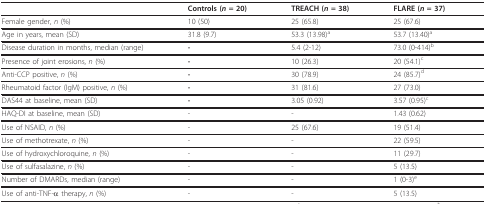
<table><thead><tr><td></td><td><b>Controls (<i>n </i>= 20)</b></td><td><b>TREACH (<i>n </i>= 38)</b></td><td><b>FLARE (<i>n </i>= 37)</b></td></tr></thead><tbody><tr><td>Female gender, <i>n </i>(%)</td><td>10 (50)</td><td>25 (65.8)</td><td>25 (67.6)</td></tr><tr><td>Age in years, mean (SD)</td><td>31.8 (9.7)</td><td>53.3 (13.98)<sup>a</sup></td><td>53.7 (13.40)<sup>a</sup></td></tr><tr><td>Disease duration in months, median (range)</td><td><b>-</b></td><td>5.4 (2-12)</td><td>73.0 (0-414)<sup>b</sup></td></tr><tr><td>Presence of joint erosions, <i>n </i>(%)</td><td><b>-</b></td><td>10 (26.3)</td><td>20 (54.1)<sup>c</sup></td></tr><tr><td>Anti-CCP positive, <i>n </i>(%)</td><td><b>-</b></td><td>30 (78.9)</td><td>24 (85.7)<sup>d</sup></td></tr><tr><td>Rheumatoid factor (IgM) positive, <i>n </i>(%)</td><td><b>-</b></td><td>31 (81.6)</td><td>27 (73.0)</td></tr><tr><td>DAS44 at baseline, mean (SD)</td><td><b>-</b></td><td>3.05 (0.92)</td><td>3.57 (0.95)<sup>c</sup></td></tr><tr><td>HAQ-DI at baseline, mean (SD)</td><td>-</td><td>-</td><td>1.43 (0.62)</td></tr><tr><td>Use of NSAID, <i>n </i>(%)</td><td>-</td><td>25 (67.6)</td><td>19 (51.4)</td></tr><tr><td>Use of methotrexate, <i>n </i>(%)</td><td>-</td><td>-</td><td>22 (59.5)</td></tr><tr><td>Use of hydroxychloroquine, <i>n </i>(%)</td><td>-</td><td>-</td><td>11 (29.7)</td></tr><tr><td>Use of sulfasalazine, <i>n </i>(%)</td><td>-</td><td>-</td><td>5 (13.5)</td></tr><tr><td>Number of DMARDs, median (range)</td><td>-</td><td>-</td><td>1 (0-3)<sup>e</sup></td></tr><tr><td>Use of anti-TNF-α therapy, <i>n </i>(%)</td><td>-</td><td>-</td><td>5 (13.5)</td></tr></tbody></table>